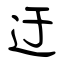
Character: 迂